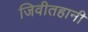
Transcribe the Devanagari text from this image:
जिवीतहानी